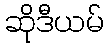
ဆိုဒီယမ်